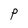
Character: P